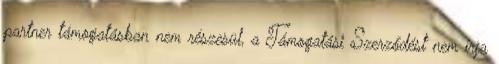
partner támogatásban nem részesül, a Támogatási Szerződést nem írja